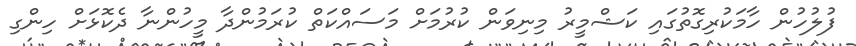
ފުލުހުން ހާމަކުރިގޮތުގައި ކަޝްމީރު މިނިވަން ކުރުމަށް މަސައްކަތް ކުރަމުންދާ މީހުންނާ ދެކޮޅަށް ހިންގި